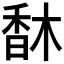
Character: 𩠽